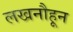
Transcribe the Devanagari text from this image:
लखनौहून